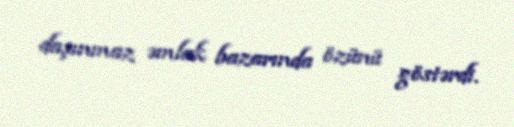
daşınmaz əmlak bazarında özünü göstərdi.